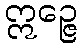
ဣဉ္ဇေ